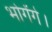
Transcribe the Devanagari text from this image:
भोगेंगे।